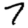
Digit: 7